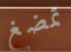
تمضغ